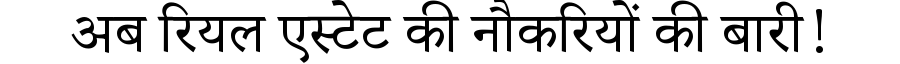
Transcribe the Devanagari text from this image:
अब रियल एस्टेट की नौकरियों की बारी!